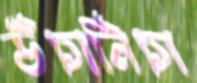
উঁচানিচা